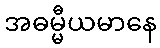
အဓမ္မီယမာနေ